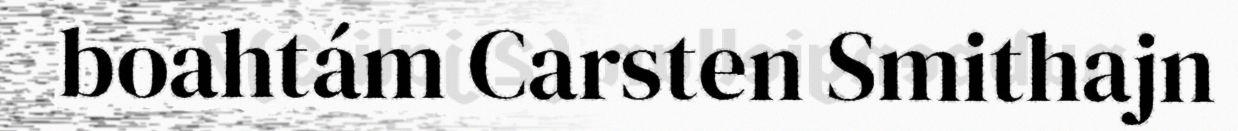
boahtám Carsten Smithajn